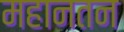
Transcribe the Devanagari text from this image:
महानतन